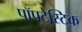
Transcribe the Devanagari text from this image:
पॉपटेस्टिक